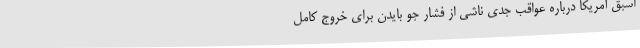
اسبق آمریکا درباره عواقب جدی ناشی از فشار جو بایدن برای خروج کامل